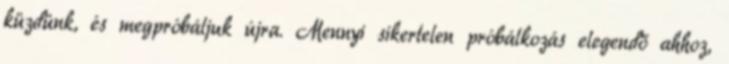
küzdünk, és megpróbáljuk újra. Mennyi sikertelen próbálkozás elegendő ahhoz,